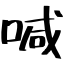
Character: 喊